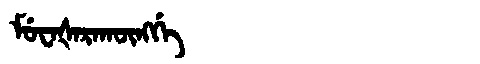
Manchu: ᠮᡠᠸᠠᡧᠠᡵᠠᡴᡡᠩᡤᡝ
Romanization: MUWAŠARAKŪNGGE